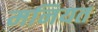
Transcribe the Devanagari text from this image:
मनियत